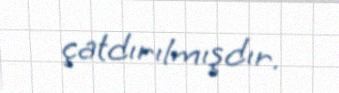
çatdırılmışdır.